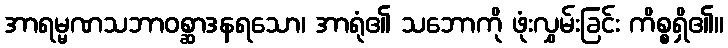
အာရမ္မဏသဘာဝစ္ဆာဒနရသော၊ အာရုံ၏ သဘောကို ဖုံးလွှမ်းခြင်း ကိစ္စရှိ၏။